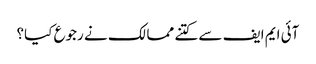
آئی ایم ایف سے کتنے ممالک نے رجوع کیا؟